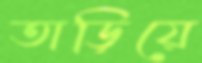
তাড়িয়ে